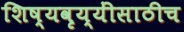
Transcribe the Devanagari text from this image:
शिष्यवृय्यींसाठीच